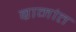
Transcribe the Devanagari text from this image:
ब्रामांत